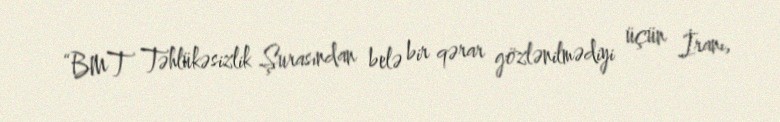
“BMT Təhlükəsizlik Şurasından belə bir qərar gözlənilmədiyi üçün İranı,